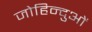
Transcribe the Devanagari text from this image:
जोहिन्दुओं